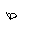
Letter: _za